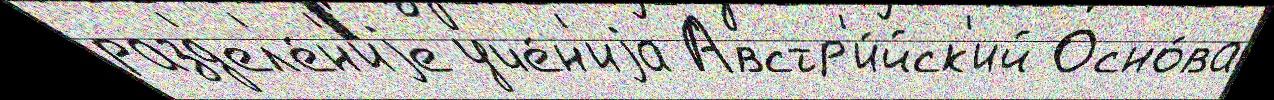
разд'ел'е́н'иjе уче́н'иjа Австр'и́йск'ий Осно́ва